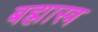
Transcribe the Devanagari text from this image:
बह्मास्त्र